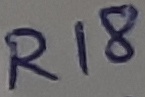
Text: R18